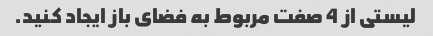
لیستی از 4 صفت مربوط به فضای باز ایجاد کنید.